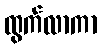
ထွက်လာကာ